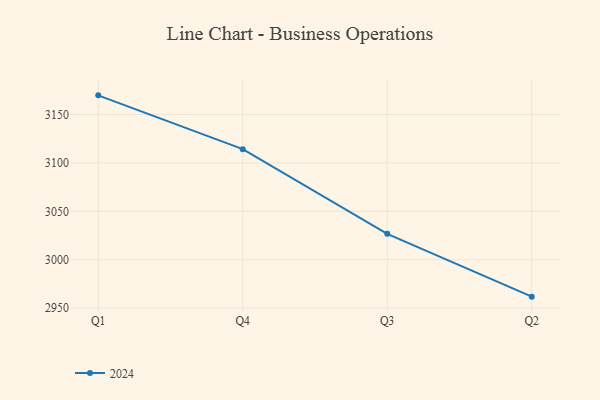
{"axis": {"x": "Quarter", "y": "Shipments"}, "legend": ["2024"], "data": [{"x": "Q1", "y": 3169.8, "type": "2024"}, {"x": "Q4", "y": 3114.2, "type": "2024"}, {"x": "Q3", "y": 3026.8, "type": "2024"}, {"x": "Q2", "y": 2961.9, "type": "2024"}]}